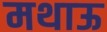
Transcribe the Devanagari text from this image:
मथाऊ